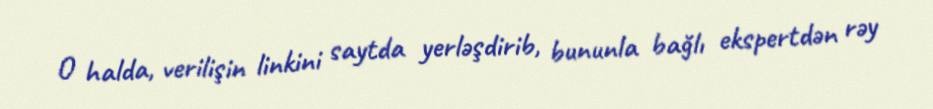
O halda, verilişin linkini saytda yerləşdirib, bununla bağlı ekspertdən rəy